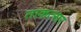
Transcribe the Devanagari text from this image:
ताकत्सर